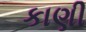
કાણી